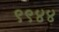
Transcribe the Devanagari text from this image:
९९४४